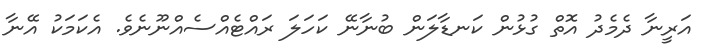
އަރީނާ ދެމެދު އޮތް ގުޅުން ކަނޑާލަން ބުނާނޭ ކަހަލަ ރައްޓެއްސެއްނޫނެވެ. އެކަމަކު އޭނާ